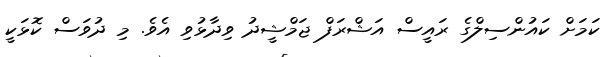
ކަމަށް ކައުންސިލްގެ ރައީސް އަޝްރަފް ޖަމްޝީދު ވިދާޅުވި އެވެ. މި ދުވަސް ކޮޅަކީ